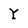
Character: Y